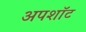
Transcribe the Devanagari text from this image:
अपशॉट